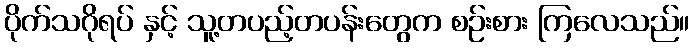
ပိုက်သဂိုရပ် နှင့် သူ့တပည့်တပန်းတွေက စဉ်းစား ကြလေသည်။